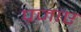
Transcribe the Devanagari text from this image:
प्रजाए